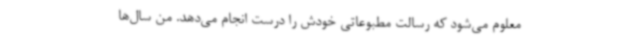
معلوم می‌شود که رسالت مطبوعاتی خودش را درست انجام می‌دهد. من سال‌ها